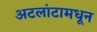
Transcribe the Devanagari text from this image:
अटलांटामधून